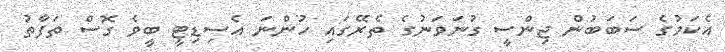
އެކަމުގެ ސަބަބުން ޖިންސީ ގުނަވަނުގެ ތެރޭގައި ހުންނަ އެސިޑިޓީ ބީވެ ގޮސް ތަފާތު